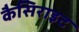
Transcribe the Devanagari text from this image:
कैसिराइट